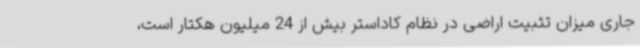
جاری میزان تثبیت اراضی در نظام کاداستر بیش از 24 میلیون هکتار است،